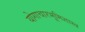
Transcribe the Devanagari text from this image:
योगाचारभूमिशास्त्र